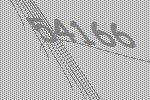
54166